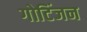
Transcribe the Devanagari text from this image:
गोटिंजन